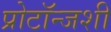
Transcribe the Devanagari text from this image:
प्रोटॉन्जशी